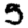
Digit: 5